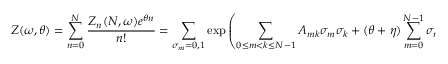
Z ( \omega , \theta ) = \sum _ { n = 0 } ^ { N } \frac { Z _ { n } ( N , \omega ) e ^ { \theta n } } { n ! } = \sum _ { \sigma _ { m } = 0 , 1 } \exp \left( \sum _ { 0 \le m < k \le N - 1 } A _ { m k } \sigma _ { m } \sigma _ { k } + ( \theta + \eta ) \sum _ { m = 0 } ^ { N - 1 } \sigma _ { m } \right) ,